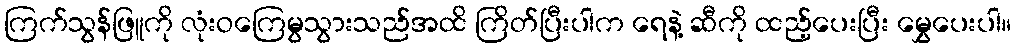
ကြက်သွန်ဖြူကို လုံးဝကြေမွသွားသည်အထိ ကြိတ်ပြီးပါက ရေနဲ့ ဆီကို ထည့်ပေးပြီး မွှေပေးပါ။